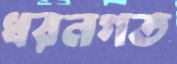
ধরনগত